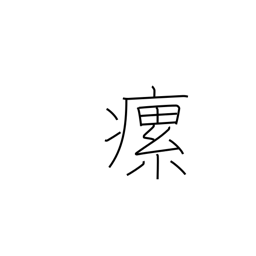
Meaning: swollen neck glands